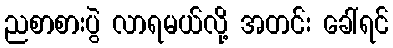
ညစာစားပွဲ လာရမယ်လို့ အတင်း ခေါ်ရင်